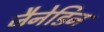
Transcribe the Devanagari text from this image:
जैनेडिन